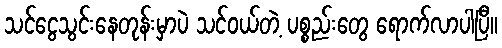
သင်ငွေသွင်းနေတုန်းမှာပဲ သင်ဝယ်တဲ့ ပစ္စည်းတွေ ရောက်လာပါပြီ။